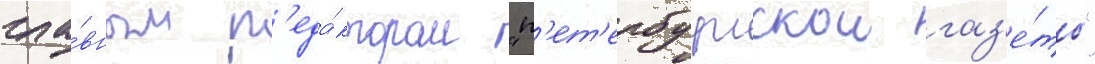
гла́вным р'еда́ктором "п'ет'ербургскои газ'е́ты"